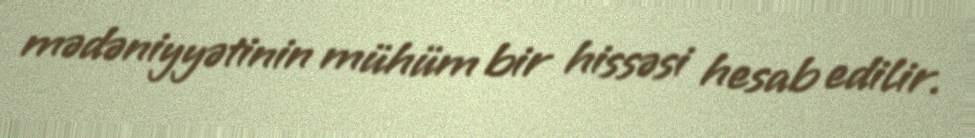
mədəniyyətinin mühüm bir hissəsi hesab edilir.